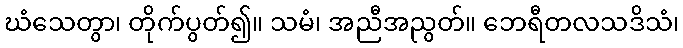
ဃံသေတွာ၊ တိုက်ပွတ်၍။ သမံ၊ အညီအညွတ်။ ဘေရီတလသဒိသံ၊